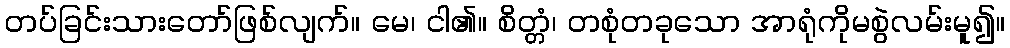
တပ်ခြင်းသားတော်ဖြစ်လျက်။ မေ၊ ငါ၏။ စိတ္တံ၊ တစုံတခုသော အာရုံကိုမစွဲလမ်းမူ၍။